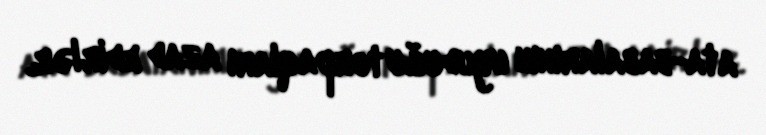
ata-babalarının uyuduğu torpaqları azad edirlər.